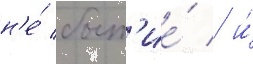
н'е́ быт'ие́ / и́